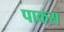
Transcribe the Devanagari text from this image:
पाकस